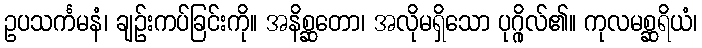
ဥပသင်္ကမနံ၊ ချဉ်းကပ်ခြင်းကို။ အနိစ္ဆတော၊ အလိုမရှိသော ပုဂ္ဂိုလ်၏။ ကုလမစ္ဆရိယံ၊